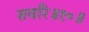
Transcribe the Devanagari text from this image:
सवाँरे॥१०॥